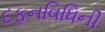
દફનવિધિની